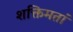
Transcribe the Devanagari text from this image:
शक्तिमतां